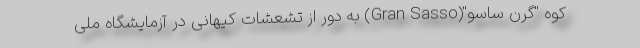
کوه "گرن ساسو"(Gran Sasso) به دور از تشعشات کیهانی در آزمایشگاه ملی